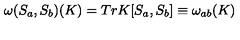
{ \omega } ( S _ { a } , S _ { b } ) ( K ) = T r K [ S _ { a } , S _ { b } ] \equiv \omega _ { a b } ( K )